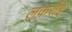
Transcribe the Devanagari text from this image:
लकरौइ